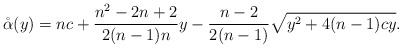
\begin{align*} \mathring{\alpha} ( y ) =n c+ \frac{n^{2} -2n+2}{2 ( n-1 ) n} y- \frac{n-2}{2 ( n-1 )} \sqrt{y^{2} +4 ( n-1 ) c y} .\end{align*}